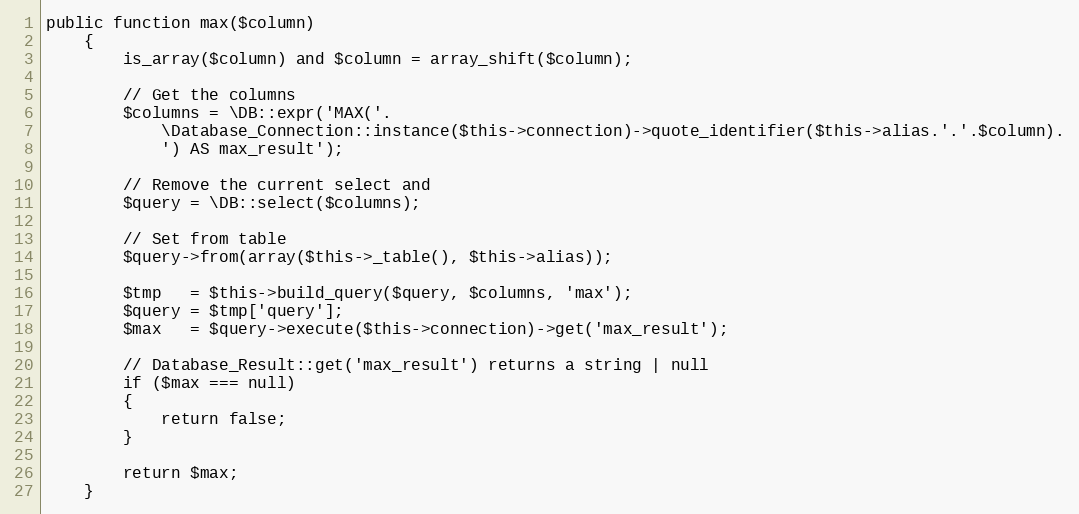
Language: PHP
public function max($column)
	{
		is_array($column) and $column = array_shift($column);

		// Get the columns
		$columns = \DB::expr('MAX('.
			\Database_Connection::instance($this->connection)->quote_identifier($this->alias.'.'.$column).
			') AS max_result');

		// Remove the current select and
		$query = \DB::select($columns);

		// Set from table
		$query->from(array($this->_table(), $this->alias));

		$tmp   = $this->build_query($query, $columns, 'max');
		$query = $tmp['query'];
		$max   = $query->execute($this->connection)->get('max_result');

		// Database_Result::get('max_result') returns a string | null
		if ($max === null)
		{
			return false;
		}

		return $max;
	}